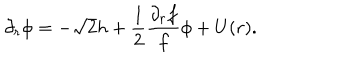
LaTeX: \partial _ { r } \phi = - \sqrt 2 h + { \frac { 1 } { 2 } } { \frac { \partial _ { r } f } { f } } \phi + U ( r ) .